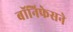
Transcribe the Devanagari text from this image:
बॉनिफेसने